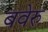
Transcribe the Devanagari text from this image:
बवेरु